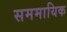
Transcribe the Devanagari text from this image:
सममायिक